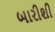
બારીશી